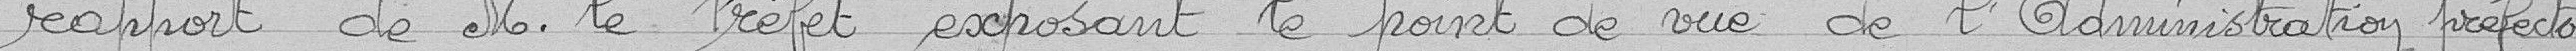
rapport de M. le Préfet exposant le point de vue de l'Administration préfecto-